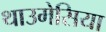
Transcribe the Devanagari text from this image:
थाउमेसिया